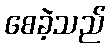
စေခဲ့သည်